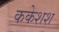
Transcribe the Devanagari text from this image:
ककेशश